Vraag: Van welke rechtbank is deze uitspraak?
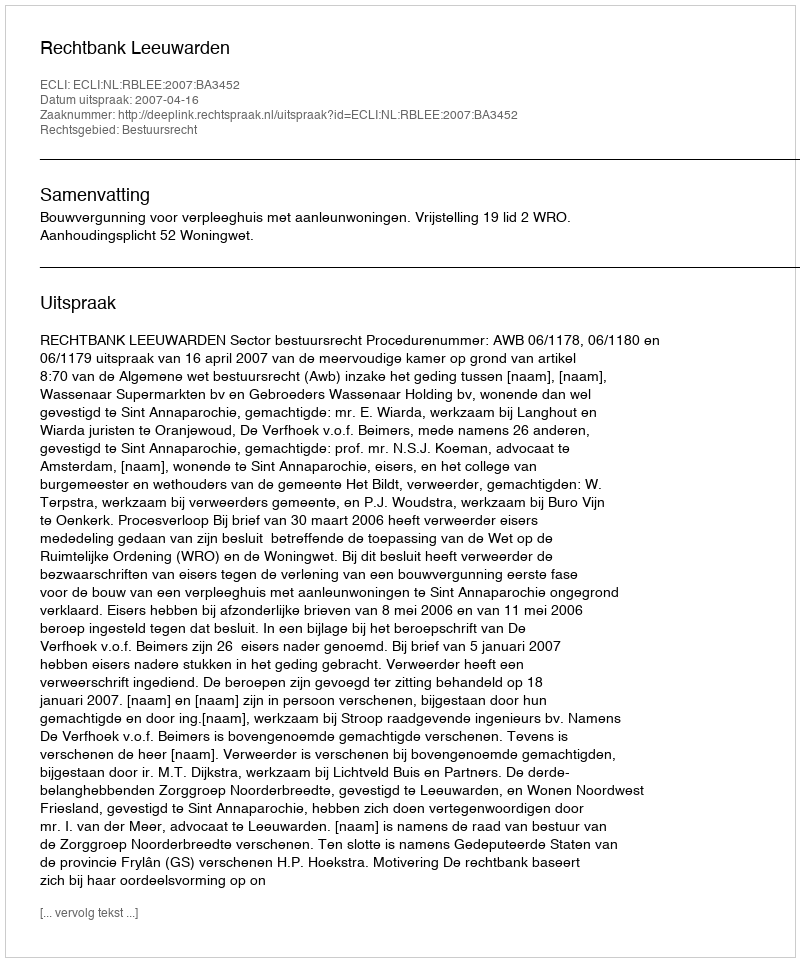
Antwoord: Rechtbank Leeuwarden